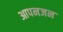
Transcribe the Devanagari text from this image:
आपनजन